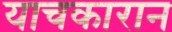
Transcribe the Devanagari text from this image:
याचकारान